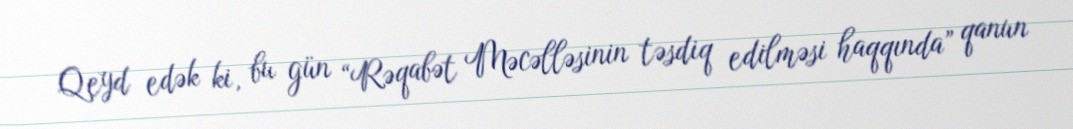
Qeyd edək ki, bu gün “Rəqabət Məcəlləsinin təsdiq edilməsi haqqında” qanun